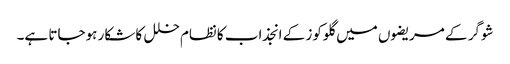
شوگر کے مریضوں میں گلوکوز کے انجذاب کانظام خلل کا شکار ہوجاتا ہے۔